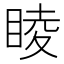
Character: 睖